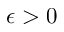
\epsilon > 0